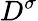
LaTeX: D^{\sigma}